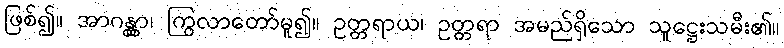
ဖြစ်၍။ အာဂန္တွာ၊ ကြွလာတော်မူ၍။ ဥတ္တရာယ၊ ဥတ္တရာ အမည်ရှိသော သူဋ္ဌေးသမီး၏။